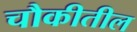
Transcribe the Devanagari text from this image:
चौकीतील